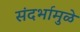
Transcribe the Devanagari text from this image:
संदर्भामुळे